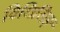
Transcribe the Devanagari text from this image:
विधिलिङ्